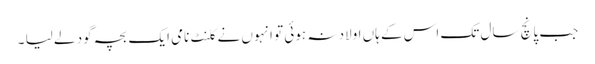
جب پانچ سال تک اس کے ہاں اولاد نہ ہوئی تو انہوں نے کلنٹ نامی ایک بچہ گود لے لیا ۔